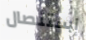
إستئصال